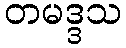
တမဒ္ဒသ